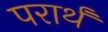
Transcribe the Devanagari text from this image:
परार्थं